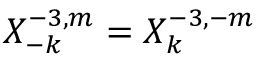
X _ { - k } ^ { - 3 , m } = X _ { k } ^ { - 3 , - m }